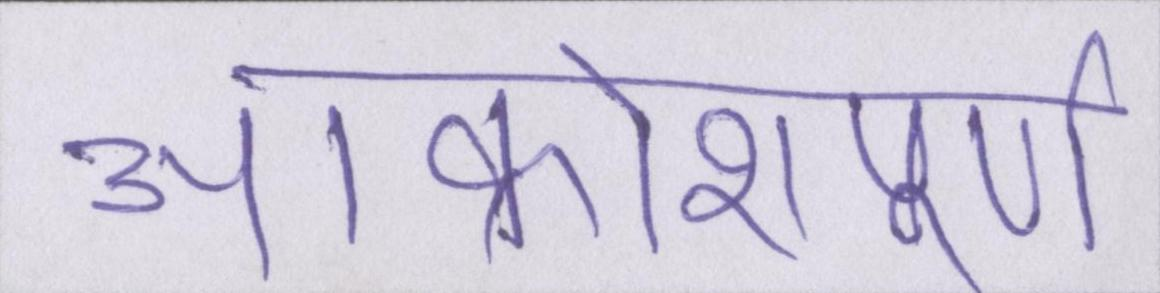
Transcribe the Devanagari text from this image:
आक्रोशपूर्ण